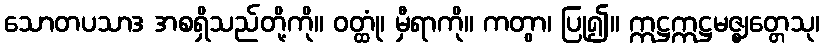
သောတပသာဒ အစရှိသည်တို့ကို။ ဝတ္ထုံ၊ မှီရာကို။ ကတွာ၊ ပြု၍။ ဣဋ္ဌဣဋ္ဌမဇ္ဈတ္တေသု၊